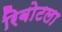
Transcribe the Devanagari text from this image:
रिबोटला